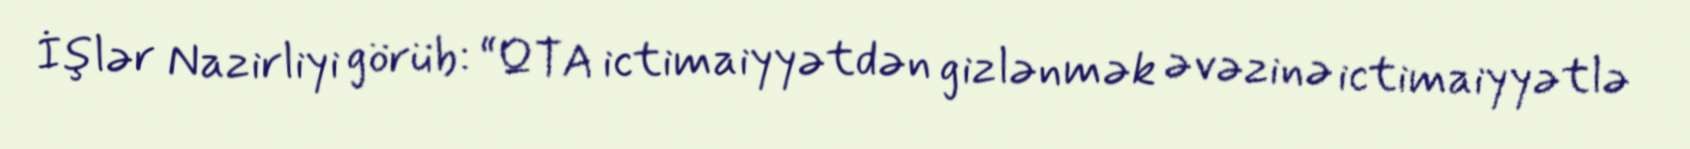
İşlər Nazirliyi görüb: “QTA ictimaiyyətdən gizlənmək əvəzinə ictimaiyyətlə